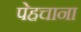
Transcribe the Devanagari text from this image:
पेहचाना